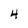
Character: 4